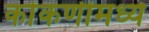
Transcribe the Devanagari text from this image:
कोंकणीमध्ये